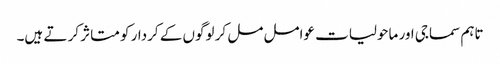
تاہم سماجی اور ماحولیات عوامل مل کر لوگوں کے کردار کو متاثر کر تے ہیں۔